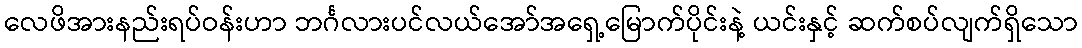
လေဖိအားနည်းရပ်ဝန်းဟာ ဘင်္ဂလားပင်လယ်အော်အရှေ့မြောက်ပိုင်းနဲ့ ယင်းနှင့် ဆက်စပ်လျက်ရှိသော